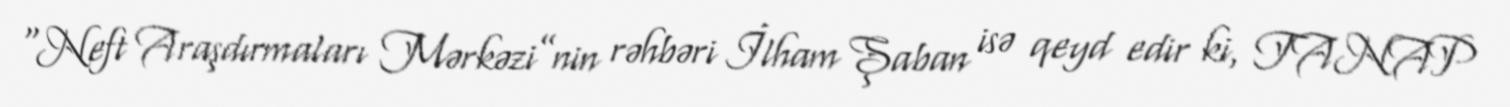
“Neft Araşdırmaları Mərkəzi”nin rəhbəri İlham Şaban isə qeyd edir ki, TANAP